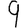
Digit: 9